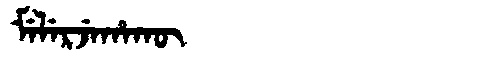
Manchu: ᠮᡝᠯᡝᡵᠵᡝᡥᠠᡴᡡ
Romanization: MELERJEHAKŪ